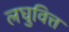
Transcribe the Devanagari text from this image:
लघुवित्त